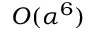
O ( \alpha ^ { 6 } )